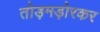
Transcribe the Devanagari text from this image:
तोड़मड़ोरकर